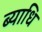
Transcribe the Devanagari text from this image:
ब्‍याधि